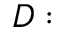
D :